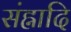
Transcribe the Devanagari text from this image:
संह्नादि